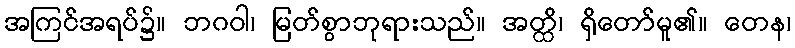
အကြင်အရပ်၌။ ဘဂဝါ၊ မြတ်စွာဘုရားသည်။ အတ္ထိ၊ ရှိတော်မူ၏။ တေန၊